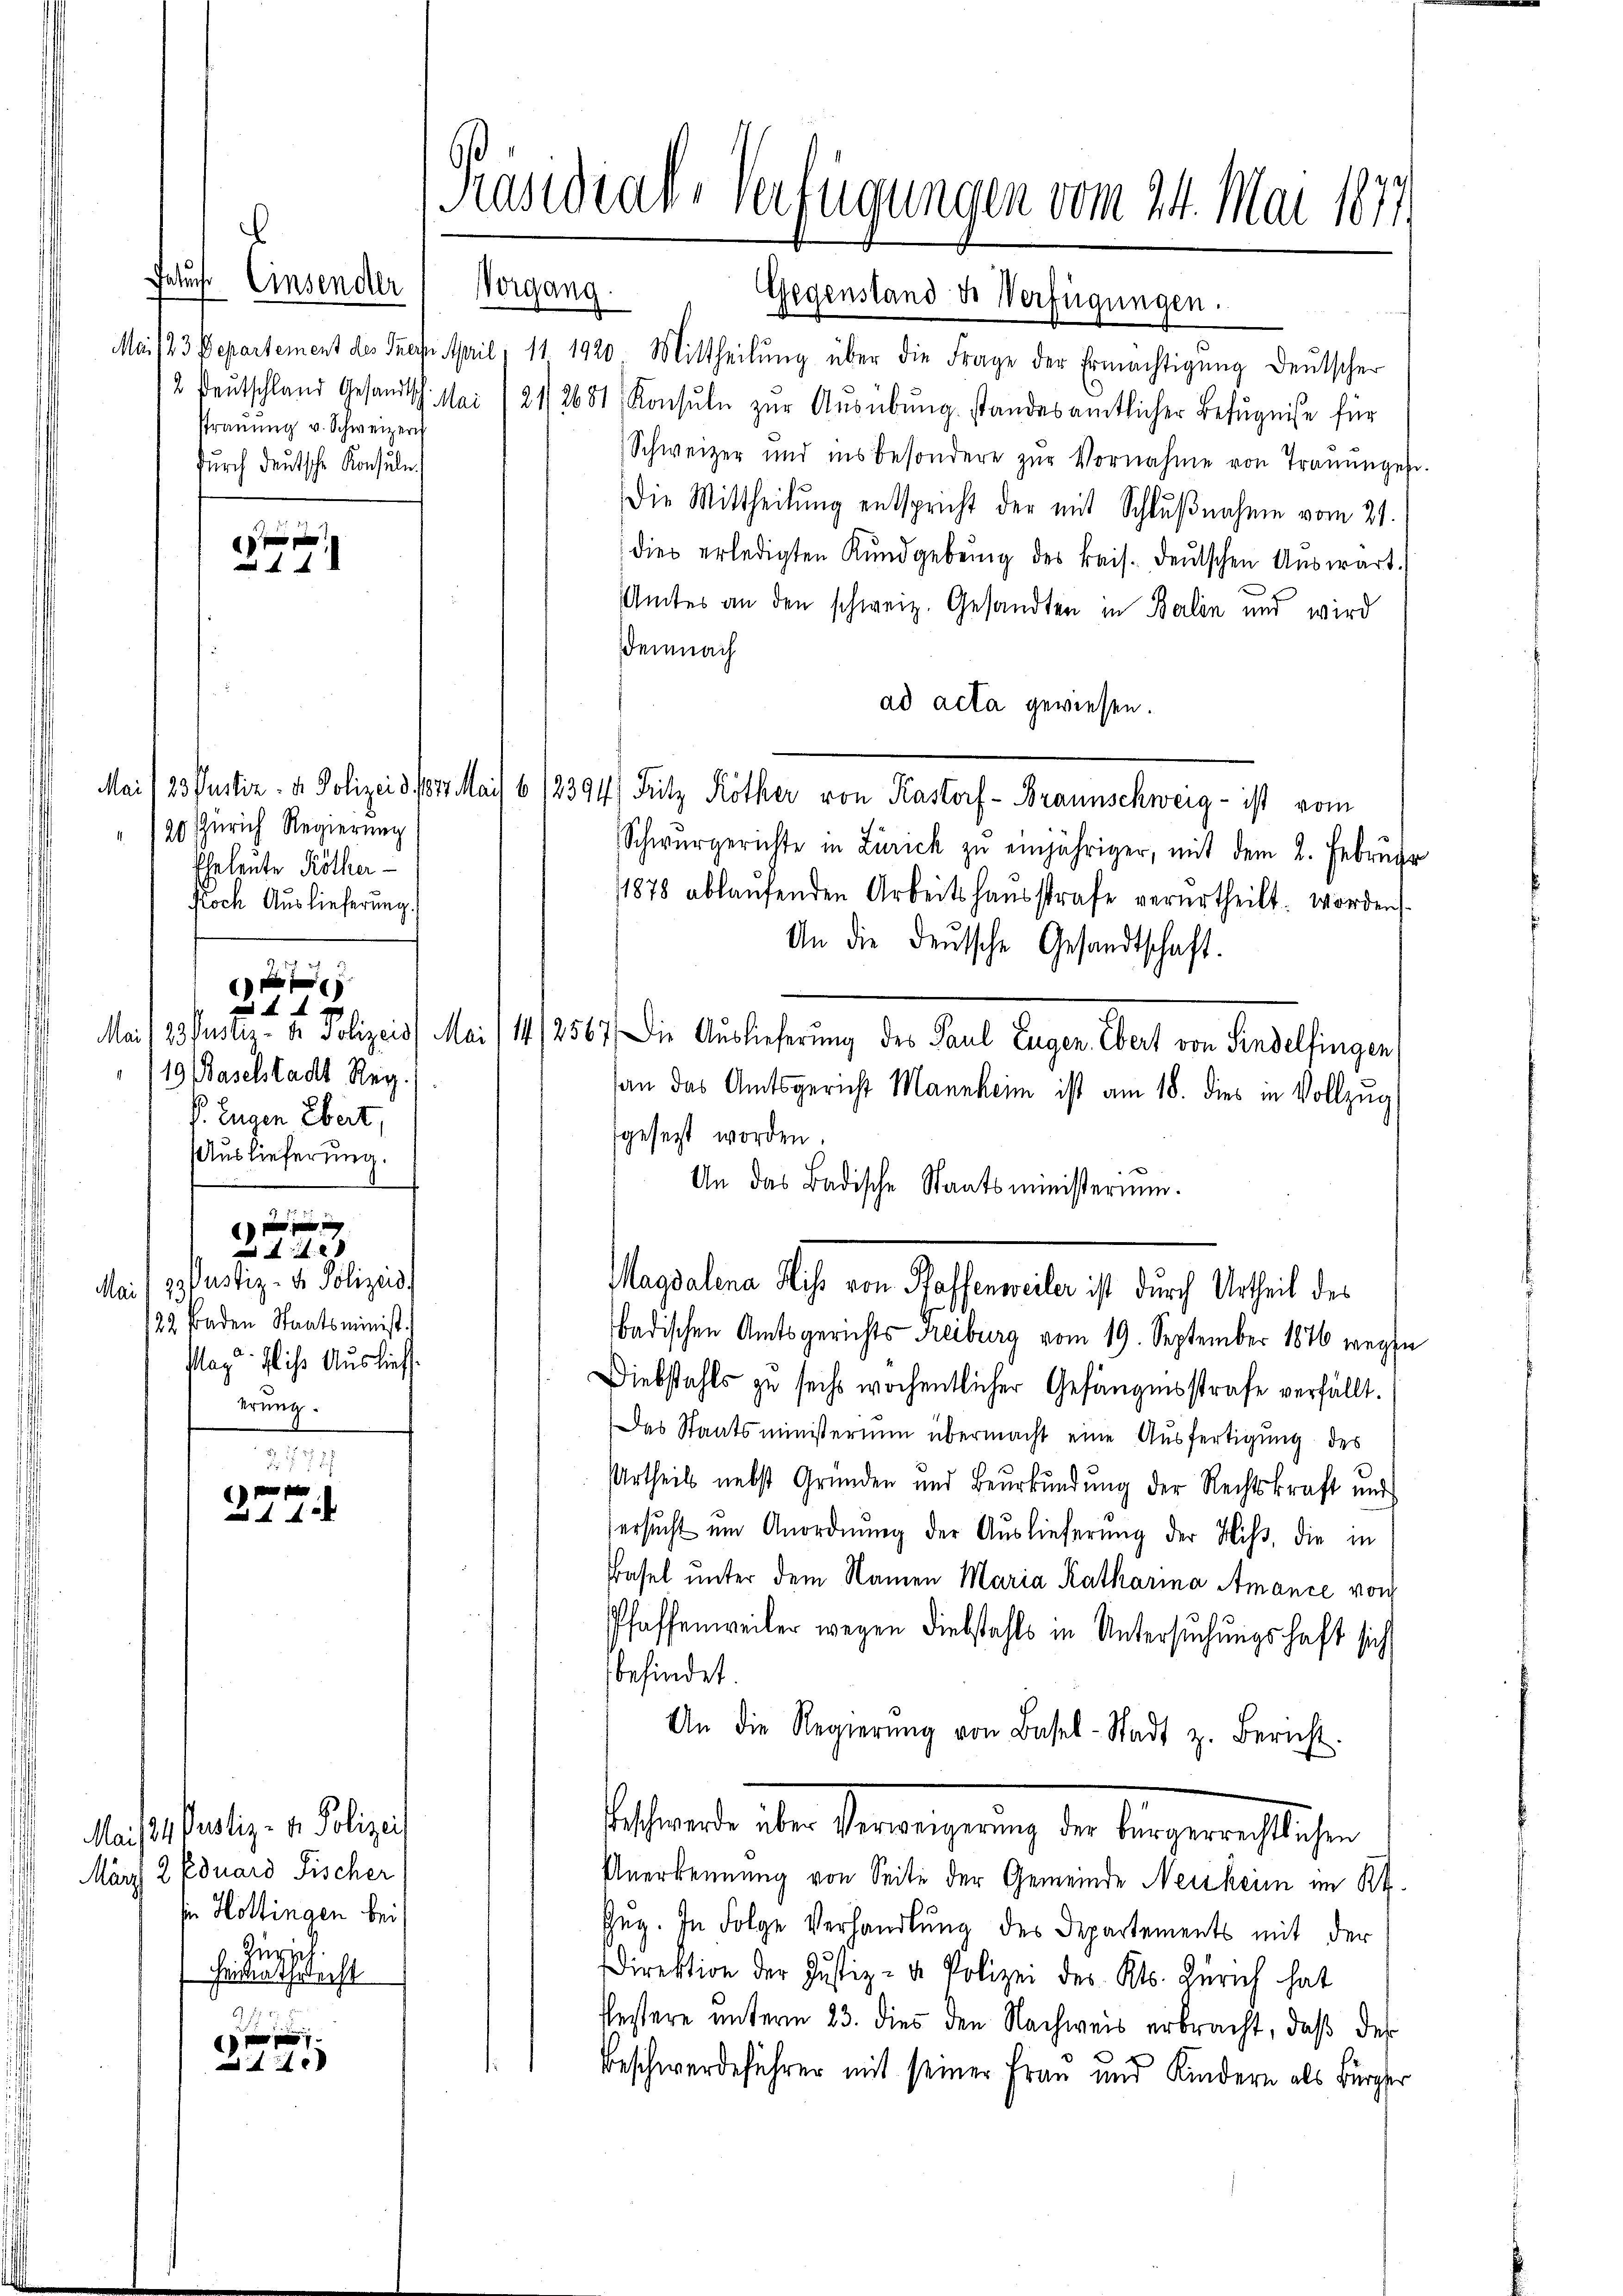
Feluch Einsender
strauung v. Schweizer
furch deutsche Konsulen.

4

20 Zürich Regierung
Eheleute Köther
fioch Auslieferung.

19 Baselstadt Reg.
V. Eugen Ebert,
Auslieferung.
e
 x
A . 28
Mai/19. Justiz- u. Polizis
122 Baden Staatsminist.
Mag. Plis Auslief
erung.

r

2. 717
 pen
4 x

Mais Justiz- & Polizeis
März, 2 Eduard Fischer
sin Hottingen bei
Zuri
1 Heimathrleist

p
Z 111

Präsidial-Verfügungen vom 24. Mai 1877

Gegenstand ds Verfügungen.
Mai 123 Departement des Inern April, 11. 1920 Mittheilŭng über die Frage der Ermächtigŭng deutscher
12 Peutschland Gesandtsch. Mai 1811 2681, Konsuln zŭr Aŭsübŭng standes amtlicher Befugnise für
Schweizer und insbesondere zŭr Vornahme von Trauungese
Die Mittheilung entspricht der mit Schlŭβnahme vom 21.
dies erledigten Kundgebŭng des Beis. deŭtschen Auswart.
Amtes an den schweiz. Gesandten in Balin und wird
Demnach
ad acta gewiesen.
Mai/23 Pustiz- & Polizei d. 1831. Mais 6 12394) Fritz Röther von Kastorf - Braunschweig - ist vom
Schwurgerichte in Zürich zŭ einjähriger, mit dem 2. Februar
1878 ablaŭfenden Arbeitshaŭsstrafe verurtheilt. worden
An die deŭtsche Gesandtschaft.
Mai/ 23. Justiz- u. Polizeis (Mai 114. 12567. Die Auslieferung des Paul Eugen. Ebert von Sindelfingen,
an das Amtsgericht Mannheim ist am 18. dies in Vollzug
fgesezt worden.
An das Badische Staatsministerium.
Magdalena Hiss von Raffenweiler ist durch Urtheil des
badischen Amtsgerichts- Freiburg vom 19. September 1876 wegen
Diebstahls zu sechs wöchentlicher Gefängnisstrafe verfällt.
Das Staatsministerium übermacht eine Ausfertigung des
Urtheils nebst Gründen und Beurkundung der Rechtskraft und
ersucht um Anordnung der Auslieferung der Hiss, die in
Basel unter dem Namen Maria Katharina Amance von
Pfaffenweiler wegen Diebstahls in Untersuchungshaft sich
befindet.
An die Regierŭng von Basel-Stadt z. Bericht.
belstande der Sternengerung die Bergerichtlichen
Anerkennung von Seite der Gemeinde Neisheim im Kt.
Zug. In Folge Verhandlung des Departements mit der
direktion der Justiz- & Polizei des Kts. Zürich hat
Restere unterm 23. dies den Nachweis erbracht, daß des
Beschwerdeführer mit seiner Frau und Kindern als Bürger

Vorgang.